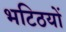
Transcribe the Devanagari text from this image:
भटिठयों